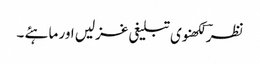
نظرؔ لکھنوی تبلیغی غزلیں اور ماہئے ۔